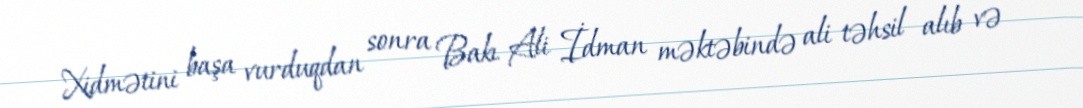
Xidmətini başa vurduqdan sonra Bakı Ali İdman məktəbində ali təhsil alıb və